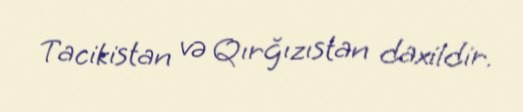
Tacikistan və Qırğızıstan daxildir.